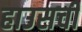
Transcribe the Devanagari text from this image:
हाउसची